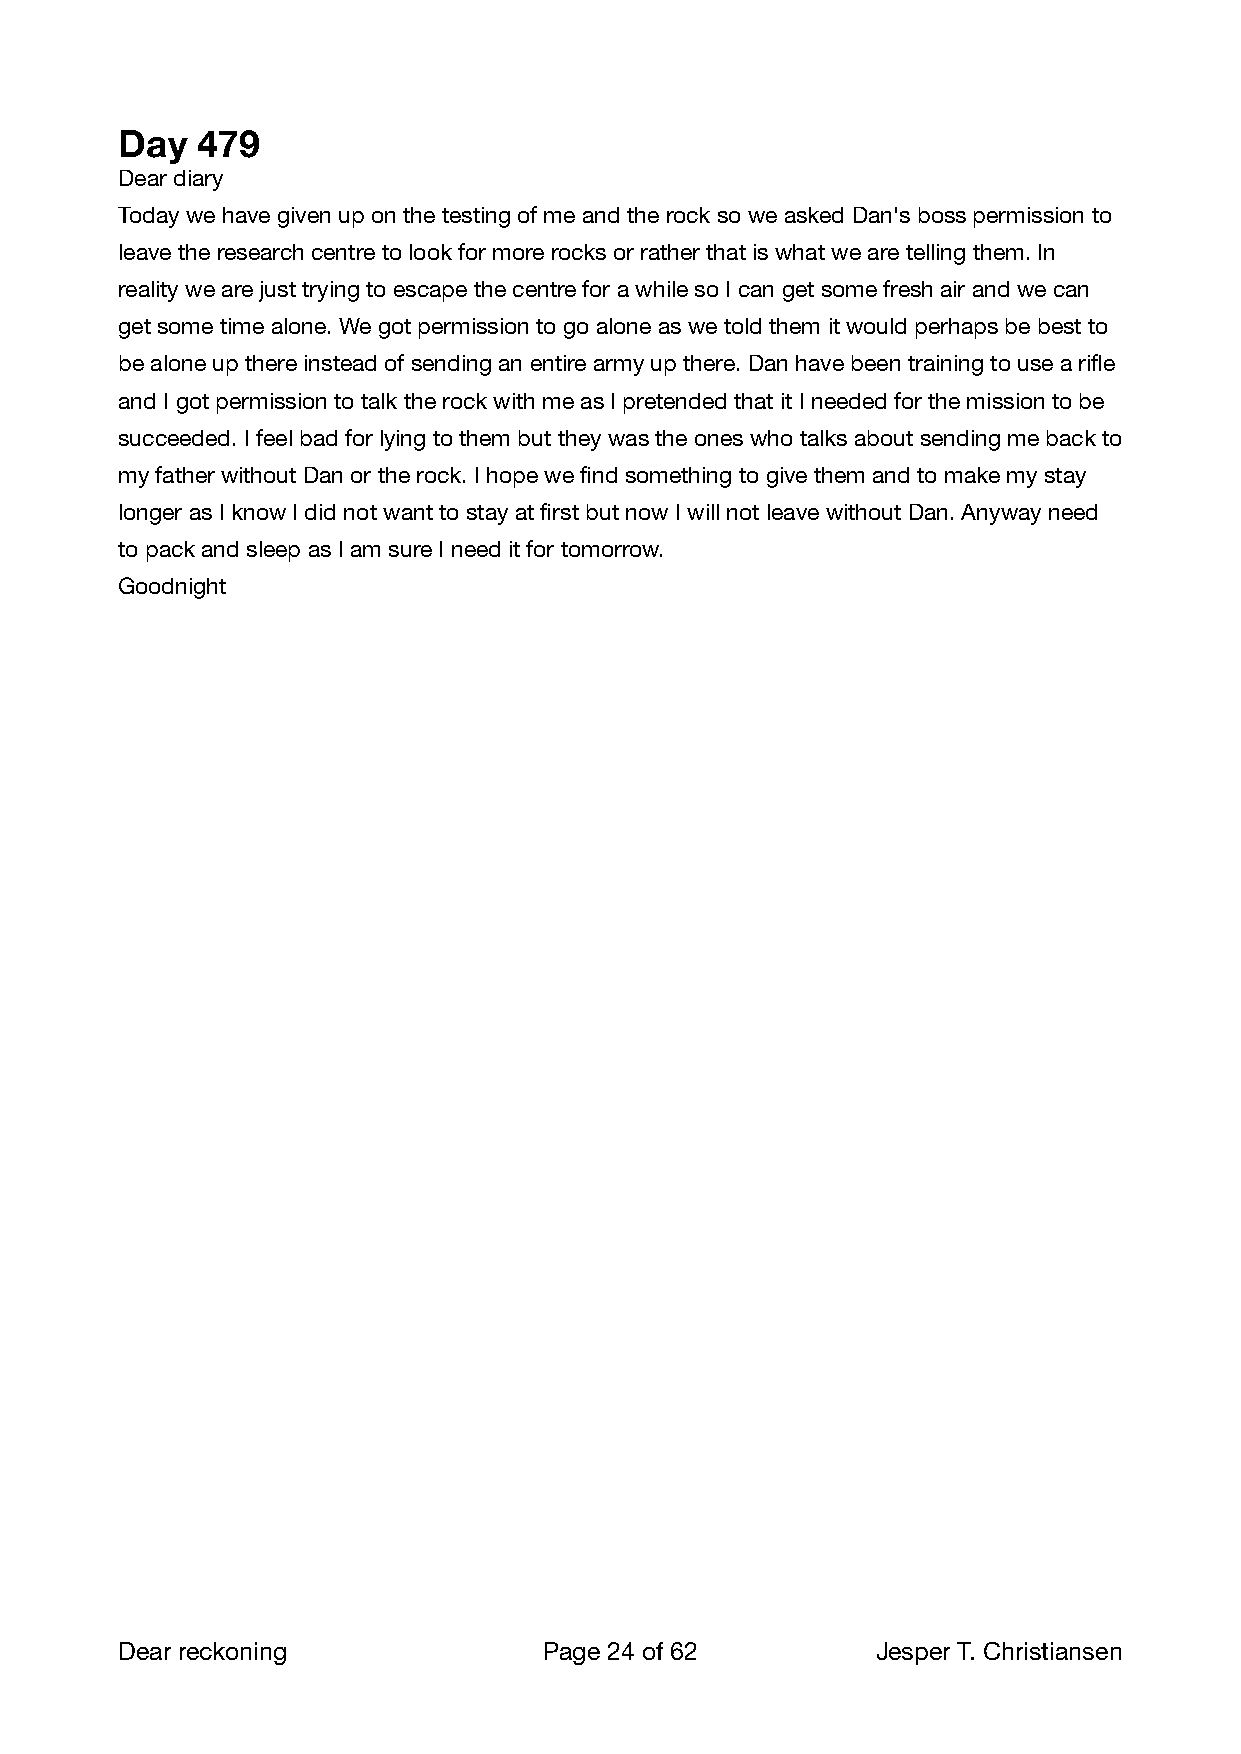
Day  479
 Dear diary
 Today we have given up on the testing of me and the rock so we asked Dan's boss permission to
 leave the research centre to look for more rocks or rather that is what we are telling them. In
 reality we are just trying to escape the centre for a while so I can get some fresh air and we can
 get some time alone. We got permission to go alone as we told them it would perhaps be best to
 be alone up there instead of sending an entire army up there. Dan have been training to use a rifle
 and I got permission to talk the rock with me as I pretended that it I needed for the mission to be
 succeeded. I feel bad for lying to them but they was the ones who talks about sending me back to
 my father without Dan or the rock. I hope we find something to give them and to make my stay
 longer as I know I did not want to stay at first but now I will not leave without Dan. Anyway need
 to pack and sleep as I am sure I need it for tomorrow.
 Goodnight
 Dear reckoning              Page 24 of 62        Jesper T. Christiansen